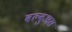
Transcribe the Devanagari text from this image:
बल्बुअस